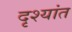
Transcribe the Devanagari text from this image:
दृश्यांत